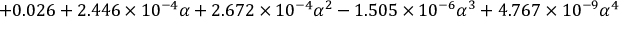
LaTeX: + 0 . 0 2 6 + 2 . 4 4 6 \times 1 0 ^ { - 4 } \alpha + 2 . 6 7 2 \times 1 0 ^ { - 4 } \alpha ^ { 2 } - 1 . 5 0 5 \times 1 0 ^ { - 6 } \alpha ^ { 3 } + 4 . 7 6 7 \times 1 0 ^ { - 9 } \alpha ^ { 4 }